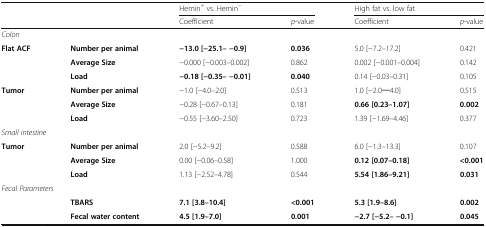
<table><thead><tr><td></td><td></td><td colspan="2"><b>Hemin<sup>+</sup> vs. Hemin<sup>−</sup></b></td><td colspan="2"><b>High fat vs. low fat</b></td></tr><tr><td></td><td></td><td><b>Coefficient</b></td><td><b><i>p</i>-value</b></td><td><b>Coefficient</b></td><td><b><i>p</i>-value</b></td></tr></thead><tbody><tr><td colspan="6"><i>Colon</i></td></tr><tr><td rowspan="3"><b>Flat ACF</b></td><td><b>Number per animal</b></td><td><b>−13.0 [−25.1– −0.9]</b></td><td><b>0.036</b></td><td>5.0 [−7.2–17.2]</td><td>0.421</td></tr><tr><td><b>Average Size</b></td><td>−0.000 [−0.003–0.002]</td><td>0.862</td><td>0.002 [−0.001–0.004]</td><td>0.142</td></tr><tr><td><b>Load</b></td><td><b>−0.18 [−0.35– −0.01]</b></td><td><b>0.040</b></td><td>0.14 [−0.03–0.31]</td><td>0.105</td></tr><tr><td rowspan="3"><b>Tumor</b></td><td><b>Number per animal</b></td><td>−1.0 [−4.0–2.0]</td><td>0.513</td><td>1.0 [−2.0─4.0]</td><td>0.515</td></tr><tr><td><b>Average Size</b></td><td>−0.28 [−0.67–0.13]</td><td>0.181</td><td><b>0.66 [0.23–1.07]</b></td><td><b>0.002</b></td></tr><tr><td><b>Load</b></td><td>−0.55 [−3.60–2.50]</td><td>0.723</td><td>1.39 [−1.69–4.46]</td><td>0.377</td></tr><tr><td colspan="6"><i>Small intestine</i></td></tr><tr><td rowspan="3"><b>Tumor</b></td><td><b>Number per animal</b></td><td>2.0 [−5.2–9.2]</td><td>0.588</td><td>6.0 [−1.3–13.3]</td><td>0.107</td></tr><tr><td><b>Average Size</b></td><td>0.00 [−0.06–0.58]</td><td>1.000</td><td><b>0.12 [0.07–0.18]</b></td><td><b>&lt;0.001</b></td></tr><tr><td><b>Load</b></td><td>1.13 [−2.52–4.78]</td><td>0.544</td><td><b>5.54 [1.86–9.21]</b></td><td><b>0.031</b></td></tr><tr><td colspan="6"><i>Fecal Parameters</i></td></tr><tr><td></td><td><b>TBARS</b></td><td><b>7.1 [3.8–10.4]</b></td><td><b>&lt;0.001</b></td><td><b>5.3 [1.9–8.6]</b></td><td><b>0.002</b></td></tr><tr><td></td><td><b>Fecal water content</b></td><td><b>4.5 [1.9–7.0]</b></td><td><b>0.001</b></td><td><b>−2.7 [−5.2– −0.1]</b></td><td><b>0.045</b></td></tr></tbody></table>